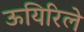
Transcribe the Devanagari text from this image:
ऊयिरिले